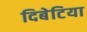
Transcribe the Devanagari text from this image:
दिबेटिया